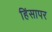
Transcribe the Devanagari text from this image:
हिंसापर